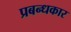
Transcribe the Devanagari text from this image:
प्रबन्धकार